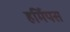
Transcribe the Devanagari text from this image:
हर्मिपस